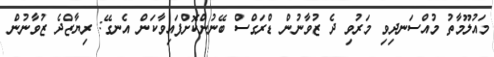
މައުލޫމާތު މުއްސަނދިވި މަރުވި ދެ ޒުވާނުން ޑްރަގްސް ބޭނުންކޮށްފައިވާކަން އެނގޭ: ރިޔާޒްދެ ޒުވާނުން